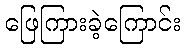
ဖြေကြားခဲ့ကြောင်း